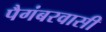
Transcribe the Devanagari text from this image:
पैगंबरवासी